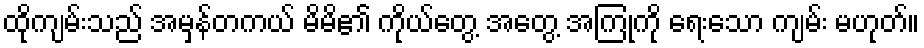
ထိုကျမ်းသည် အမှန်တကယ် မိမိ၏ ကိုယ်တွေ့ အတွေ့ အကြုံကို ရေးသော ကျမ်း မဟုတ်။